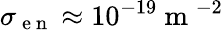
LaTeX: \sigma_{\mathrm{~e~n~}}\approx 10^{-19}\mathrm{~m~}^{-2}